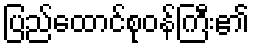
ပြည်ထောင်စုဝန်ကြီး၏